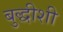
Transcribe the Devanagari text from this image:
बुद्धीशी